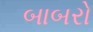
બાબરો